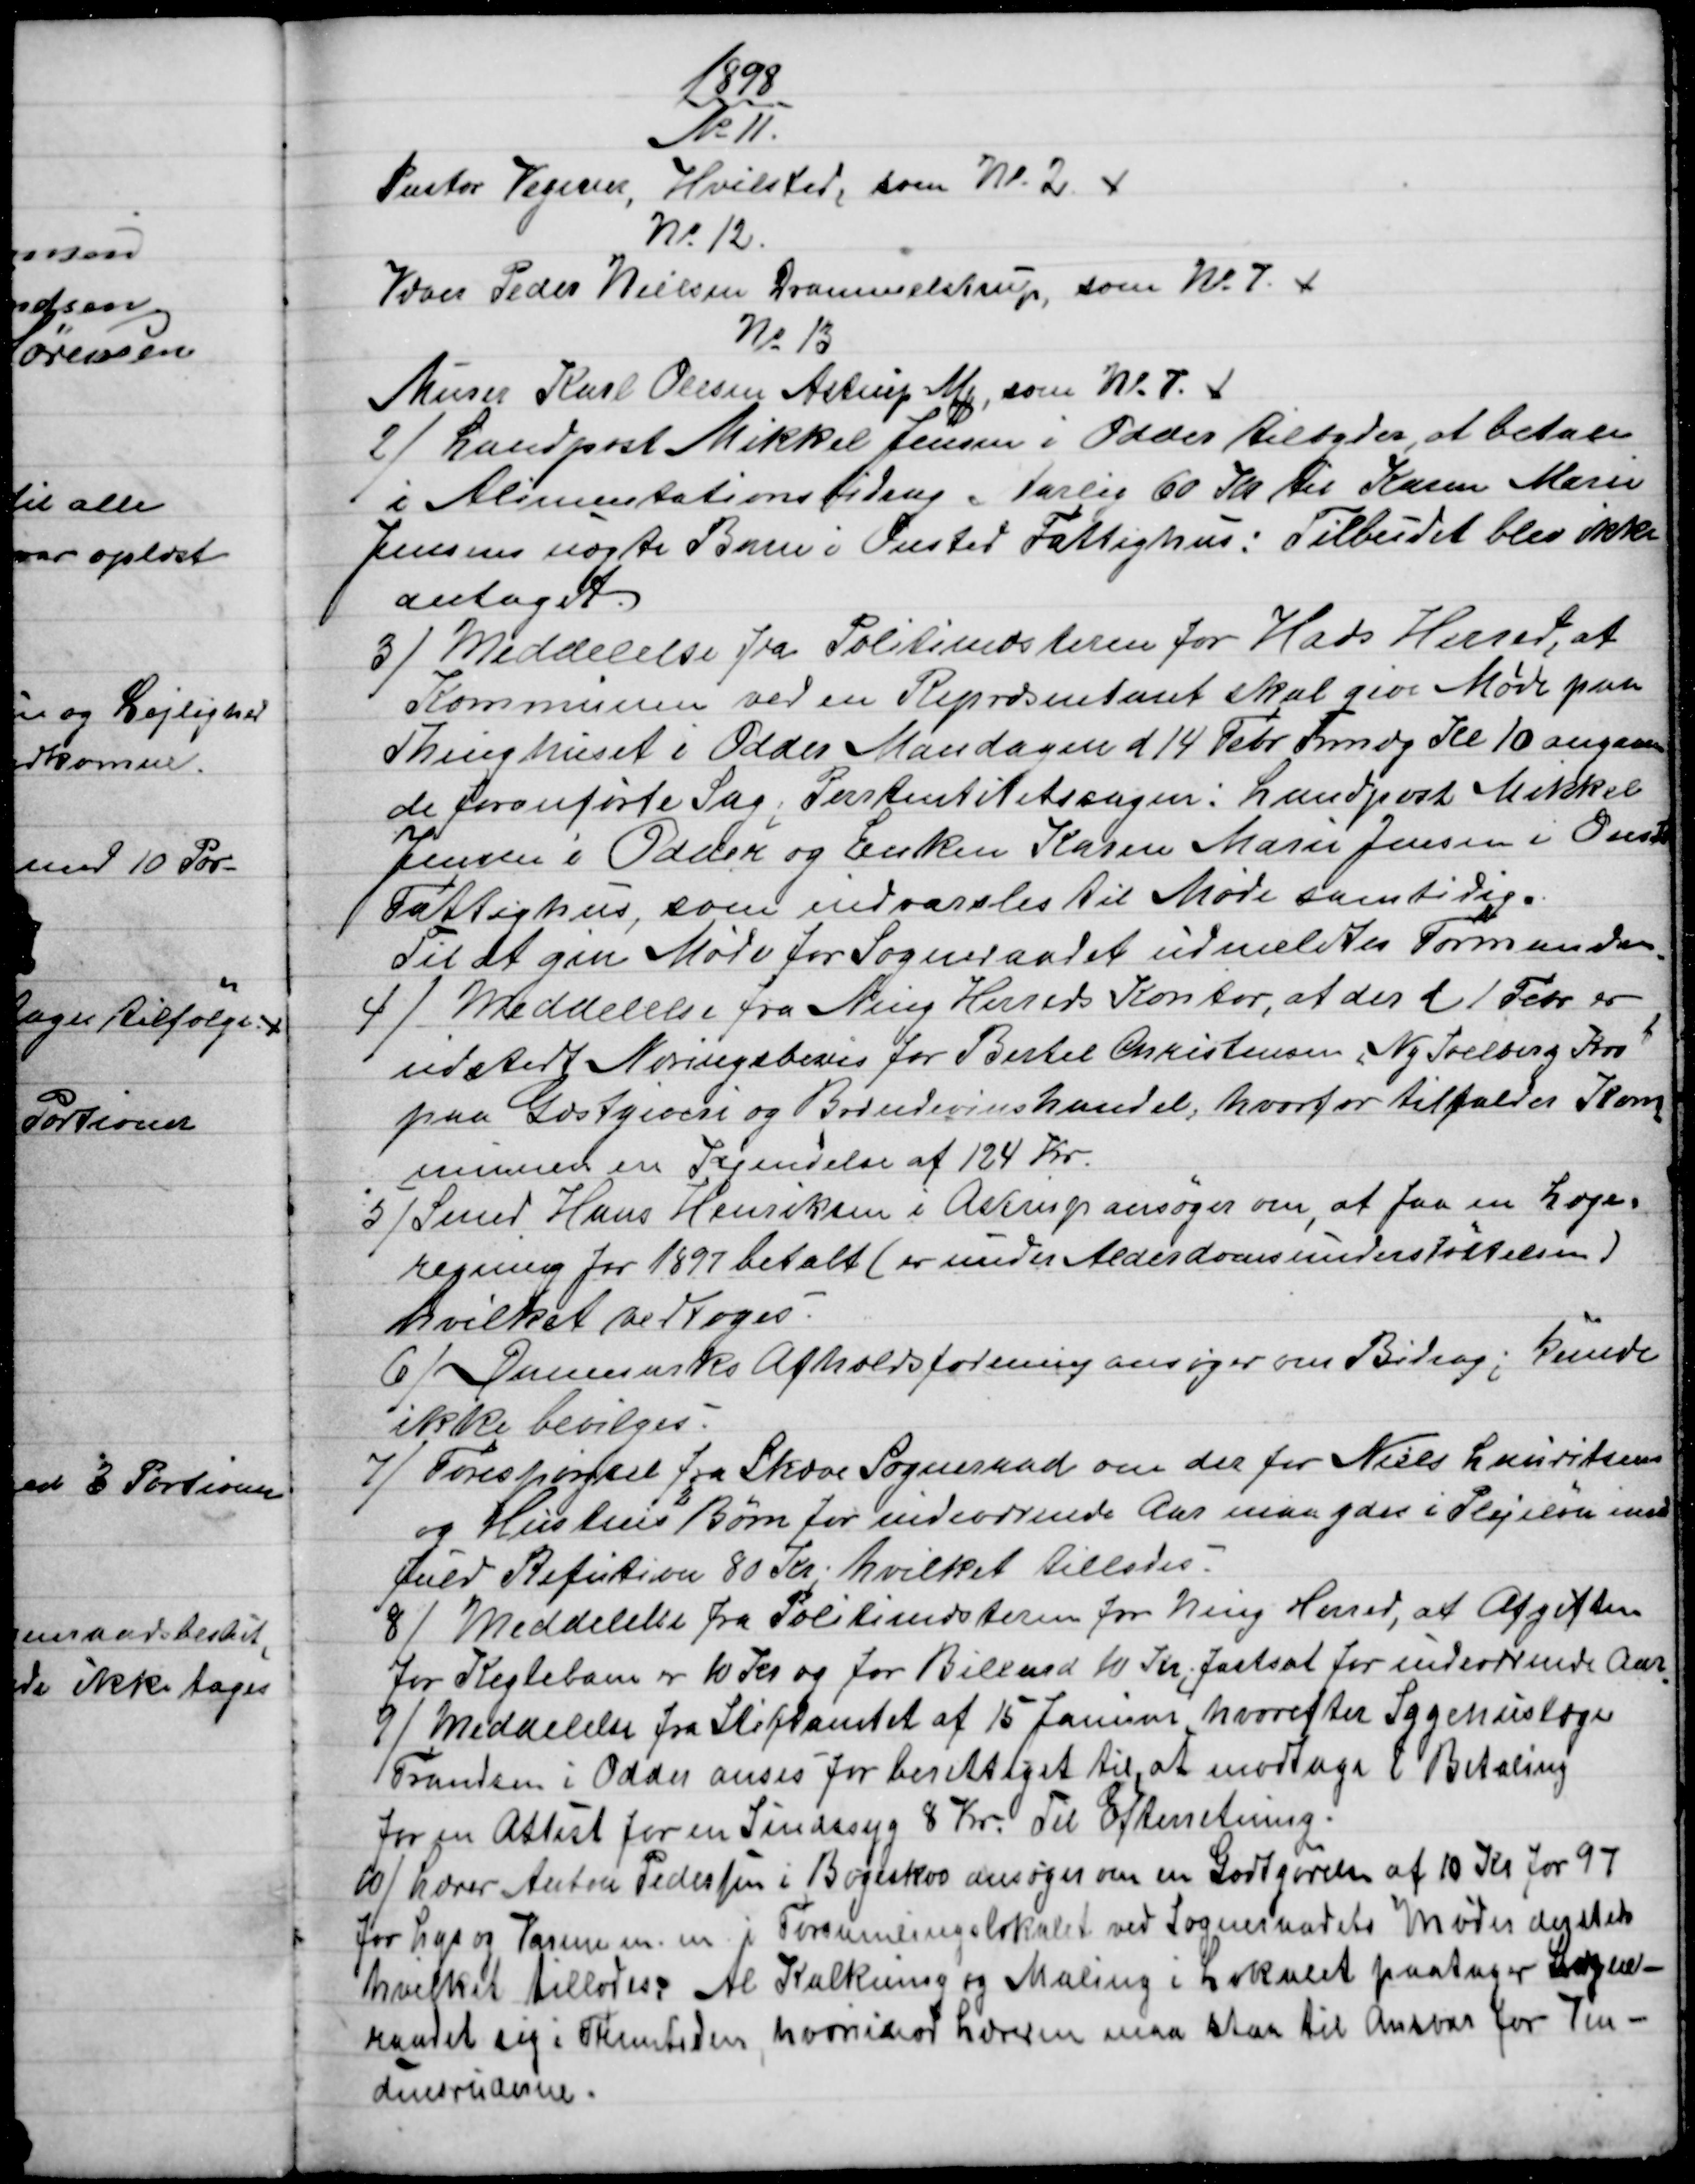
Transskription:
1898
№ 11.
Pastor Vegener, Hvilsted, som № 2.  
№ 12.
Væver Peder Nielsen Drammelstrup, som №. 7.   
№ 13
Murer Karl Olesen Astrup Mk., som № 7.   
2)
Landpost Mikkel Jensen i Odder tilbyder at betale
i Alimentationsbidrag , Aarlig 60 Kr. til Karen Marie
Jensens uægte Barn i Onsted Fattighus: Tilbudet blev ikke
antaget.
3) 
Meddelelse fra Politimesteren for Hads Herred, at
Kommunen ved en Repræsentant skal give Møde paa
Thinghuset i Odder Mandagen d 14 Febr Fmdg Kl 10 angaaen-
de foranførte Sag, Partentitetssagen: Landpost Mikkel
Jensen i Odder og Enken Karen Marie Jensen i Onsted
 Fattighus, som indvarsles til Møde samtidig.
Til at give Møde for Sogneraadet udmeldtes Formanden.
4) 
Meddelelse fra Ning Herreds Kontor, at der d 1 Febr er
udstedt Næringsbevis for Bertel Christensen, Ny Soelberg Kro
 paa Gæstgiveri og Brændevinshandel, hvorfor tilfalder Kom
=
munen en Kjendelse af 124 Kr.
5)
Smed Hans Henriksen i Astrup ansøger om, at faa en Læge=
regning for 1897 betalt (er under Alderdomsunderstøttelsen)
hvilket vedtoges.
6)
Danmarks Afholdsforening ansøger om Bidrag; kunde
ikke bevilges.
7) 
Forespørgsel fra Skæve Sogneraad om der for Niels Lauritsens
og Hustrus Børn for indeværende Aar maa ydes i Plejeløn med
fuld Refution 80 Kr.; hvilket tillodes.
8) 
Meddelelse fra Politimesteren for Ning Herred, at Afgiften
for Keglebane er 10 Kr og for Billard 10 Kr; fastsat for indeværende Aar
.
9) 
Meddelelse fra Stiftamtet af 15 Januar hvorefter Sygehuslæge
Frandsen i Odder anses for berettiget til, at modtage i Betaling
for en Attest for en Sindssyg 8 Kr. Til Efterretning.
10) 
Lærer Anton Pedersen i Bøgeskov ansøger om en Godtgørelse af 10 Kr for 97
for Lys og Varme m.m. i Forsamlingslokalet ved Sogneraadets Møder dersteds
hvilket tillodes; Al Kalkning og Maling i Lokalet paatager Sogne-
raadet sig i Fremtiden, hvorimod Læreren maa staa til Ansvar for Vin-
duesruderne.